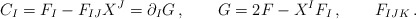
\begin{align*}C_I=F_I-F_{IJ}X^J=\partial_IG\,, \qquad G=2F-X^IF_I\, ,\qquad F_{IJK} \,.\end{align*}